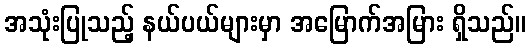
အသုံးပြုသည့် နယ်ပယ်များမှာ အမြောက်အမြား ရှိသည်။